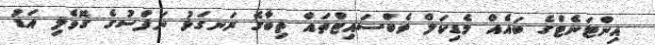
އިންޓަނެޓްގެ ބައެއް މެޑިކަލް ވެބްސައިޓްތައް ތިބާގެ ރަނގަޅު ނަފްސުގެ ގޮވެލި އަޑު